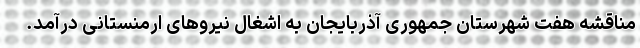
مناقشه هفت شهرستان جمهوری آذربایجان به اشغال نیروهای ارمنستانی درآمد.